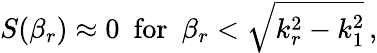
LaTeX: S(\beta_{r})\approx 0\, \, \, \textrm{for}\, \, \, \beta_{r}<\sqrt{k_{r}^{2}-k_{1}^{2}}\, ,